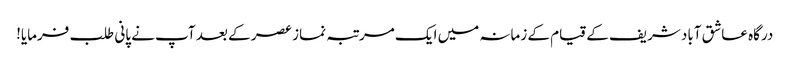
درگاہ عاشق آباد شریف کے قیام کے زمانہ میں ایک مرتبہ نماز عصر کے بعد آپ نے پانی طلب فرمایا!